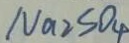
N a _ { 2 } S O _ { 4 }